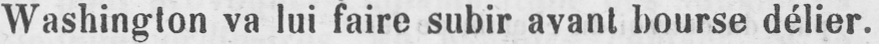
Washington va lui faire subir avant bourse délier.